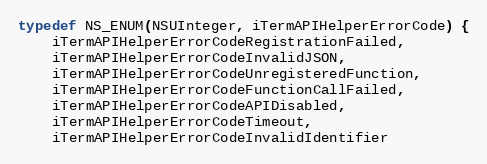
Language: C
typedef NS_ENUM(NSUInteger, iTermAPIHelperErrorCode) {
    iTermAPIHelperErrorCodeRegistrationFailed,
    iTermAPIHelperErrorCodeInvalidJSON,
    iTermAPIHelperErrorCodeUnregisteredFunction,
    iTermAPIHelperErrorCodeFunctionCallFailed,
    iTermAPIHelperErrorCodeAPIDisabled,
    iTermAPIHelperErrorCodeTimeout,
    iTermAPIHelperErrorCodeInvalidIdentifier